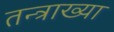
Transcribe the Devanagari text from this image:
तन्त्राख्या